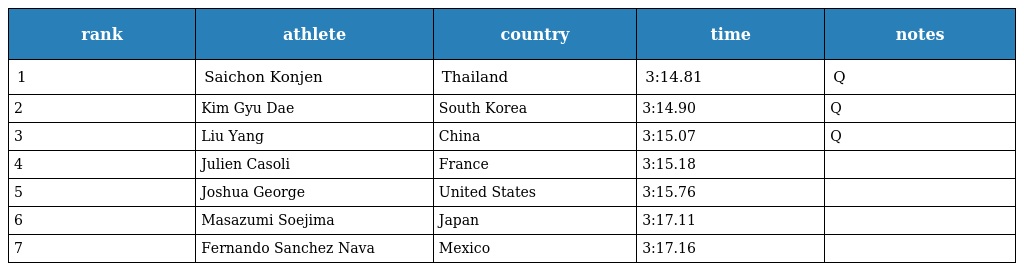
| rank | athlete | country | time | notes |
 | --- | --- | --- | --- | --- |
 | 1 | Saichon Konjen | Thailand | 3:14.81 | Q |
 | 2 | Kim Gyu Dae | South Korea | 3:14.90 | Q |
 | 3 | Liu Yang | China | 3:15.07 | Q |
 | 4 | Julien Casoli | France | 3:15.18 |  |
 | 5 | Joshua George | United States | 3:15.76 |  |
 | 6 | Masazumi Soejima | Japan | 3:17.11 |  |
 | 7 | Fernando Sanchez Nava | Mexico | 3:17.16 |  |